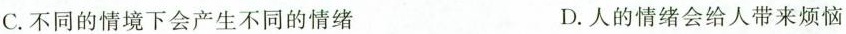
C.不同的情境下会产生不同的情绪 D.人的情绪会给人带来烦恼